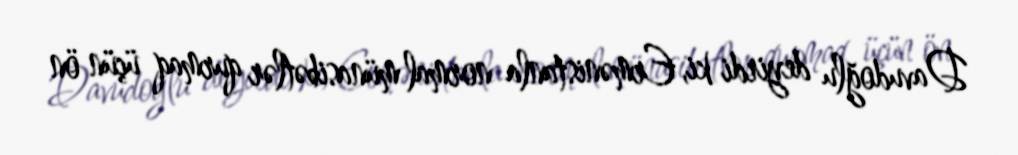
Davudoğlu deyirdi ki, Ermənistanla normal münasibətlər qurmaq üçün ön